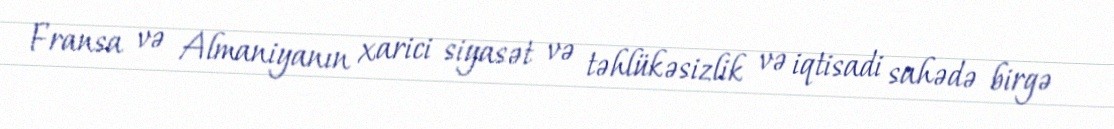
Fransa və Almaniyanın xarici siyasət və təhlükəsizlik və iqtisadi sahədə birgə